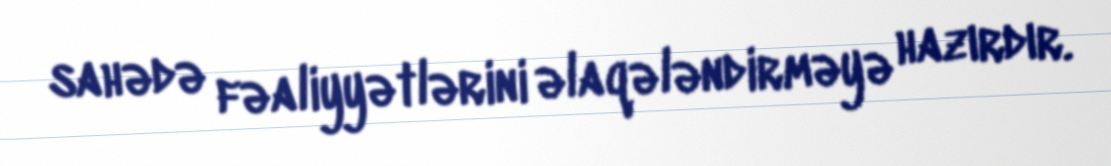
sahədə fəaliyyətlərini əlaqələndirməyə hazırdır.